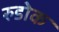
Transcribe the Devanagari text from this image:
रुडोक